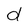
Character: d